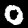
Digit: 0